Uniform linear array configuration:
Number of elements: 16
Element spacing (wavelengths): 0.25
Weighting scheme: exponential
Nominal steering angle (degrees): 0
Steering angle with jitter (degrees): -1.661
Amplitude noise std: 0.05
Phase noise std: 0.05

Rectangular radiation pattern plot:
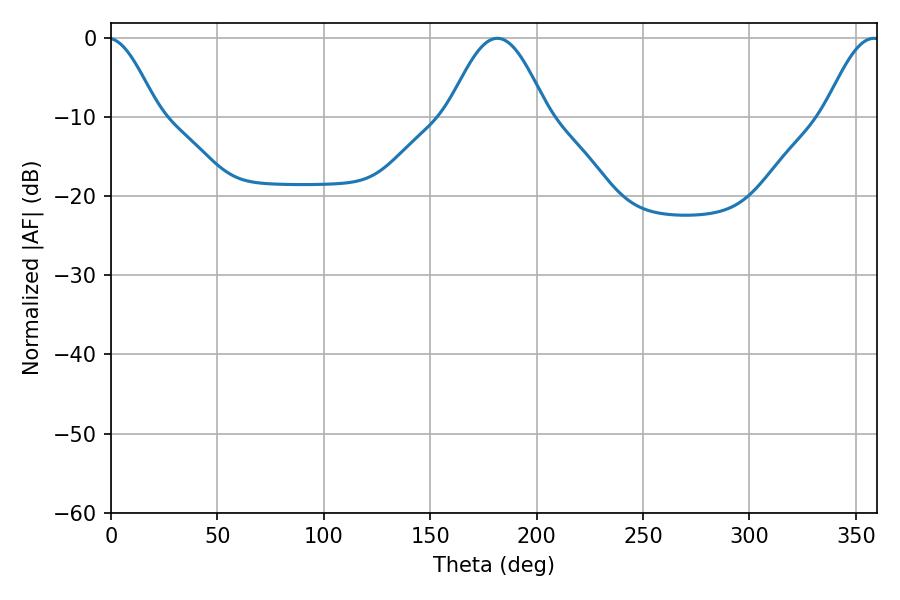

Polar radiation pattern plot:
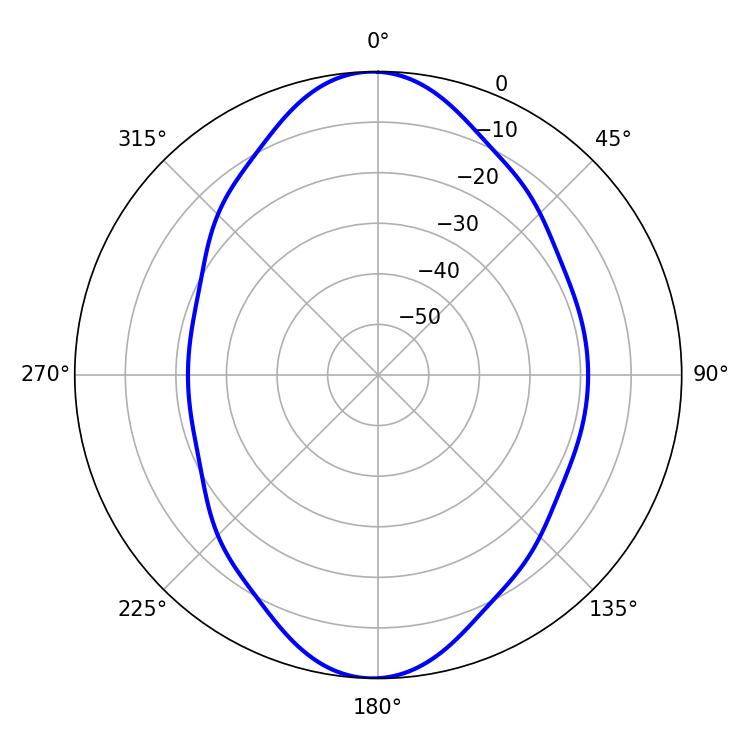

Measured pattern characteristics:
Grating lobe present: FALSE
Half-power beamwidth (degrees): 25.02
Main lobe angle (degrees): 181.62